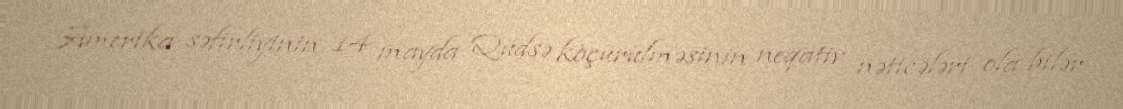
Amerika səfirliyinin 14 mayda Qüdsə köçürülməsinin neqativ nəticələri ola bilər